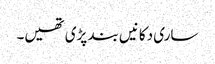
ساری دکانیں بند پڑی تھیں۔